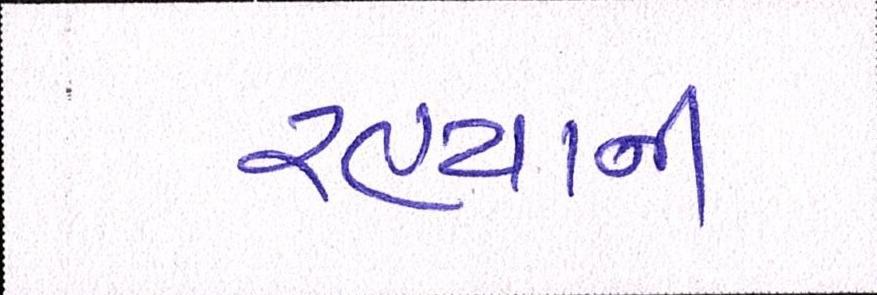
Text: રહ્યાની